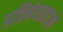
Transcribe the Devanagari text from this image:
प्रतिबंधाताओ